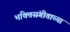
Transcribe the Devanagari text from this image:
भक्तिसंगीताच्या